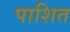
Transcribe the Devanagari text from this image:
पाशित